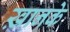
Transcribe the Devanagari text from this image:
ख़ानके